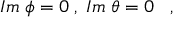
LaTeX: I m \; \phi = 0 \; , \; I m \; \theta = 0 \; \; \; ,